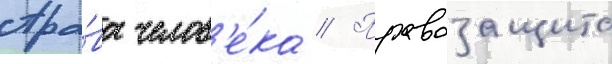
Пра́ва челов'е́ка // Правозащита